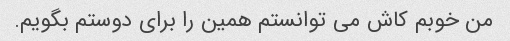
من خوبم کاش می توانستم همین را برای دوستم بگویم.